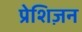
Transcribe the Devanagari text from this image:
प्रेशिज़न